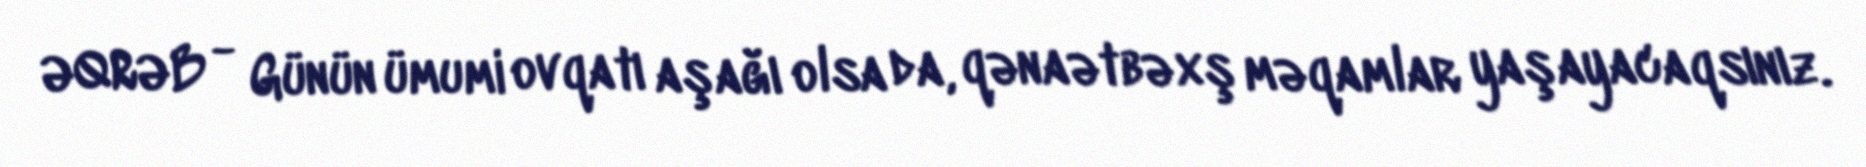
ƏQRƏB - Günün ümumi ovqatı aşağı olsa da, qənaətbəxş məqamlar yaşayacaqsınız.